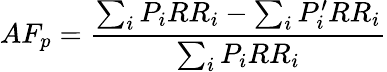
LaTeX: AF_{p}={\frac{\sum_{i}P_{i}RR_{i}-\sum_{i}P_{i}^{\prime}RR_{i}}{\sum_{i}P_{i}RR_{i}}}